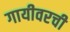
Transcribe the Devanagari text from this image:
गायीवरची